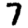
Digit: 7